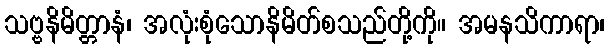
သဗ္ဗနိမိတ္တာနံ၊ အလုံးစုံသောနိမိတ်စသည်တို့ကို။ အမနသိကာရာ၊